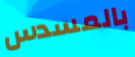
بالمسدس